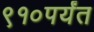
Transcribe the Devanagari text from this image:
९१०पर्यंत